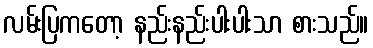
လမ်းပြကတော့ နည်းနည်းပါးပါးသာ စားသည်။